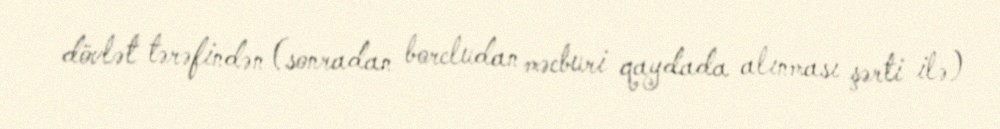
dövlət tərəfindən (sonradan borcludan məcburi qaydada alınması şərti ilə)